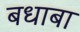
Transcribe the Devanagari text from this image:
बधाबा